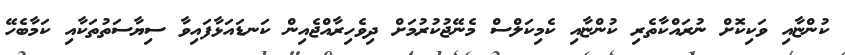
ކުންޏާއި ވަކިކޮށް ނުރައްކާތެރި ކުންޏާއި ކެމިކަލްސް މެނޭޖުކުރުމަށް ދިވެހިރާއްޖެއިން ކަނޑައަޅާފައިވާ ސިޔާސަތުތަކާއި ކަމާބެހޭ